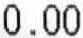
0.00